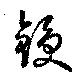
鋟